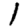
Digit: 1